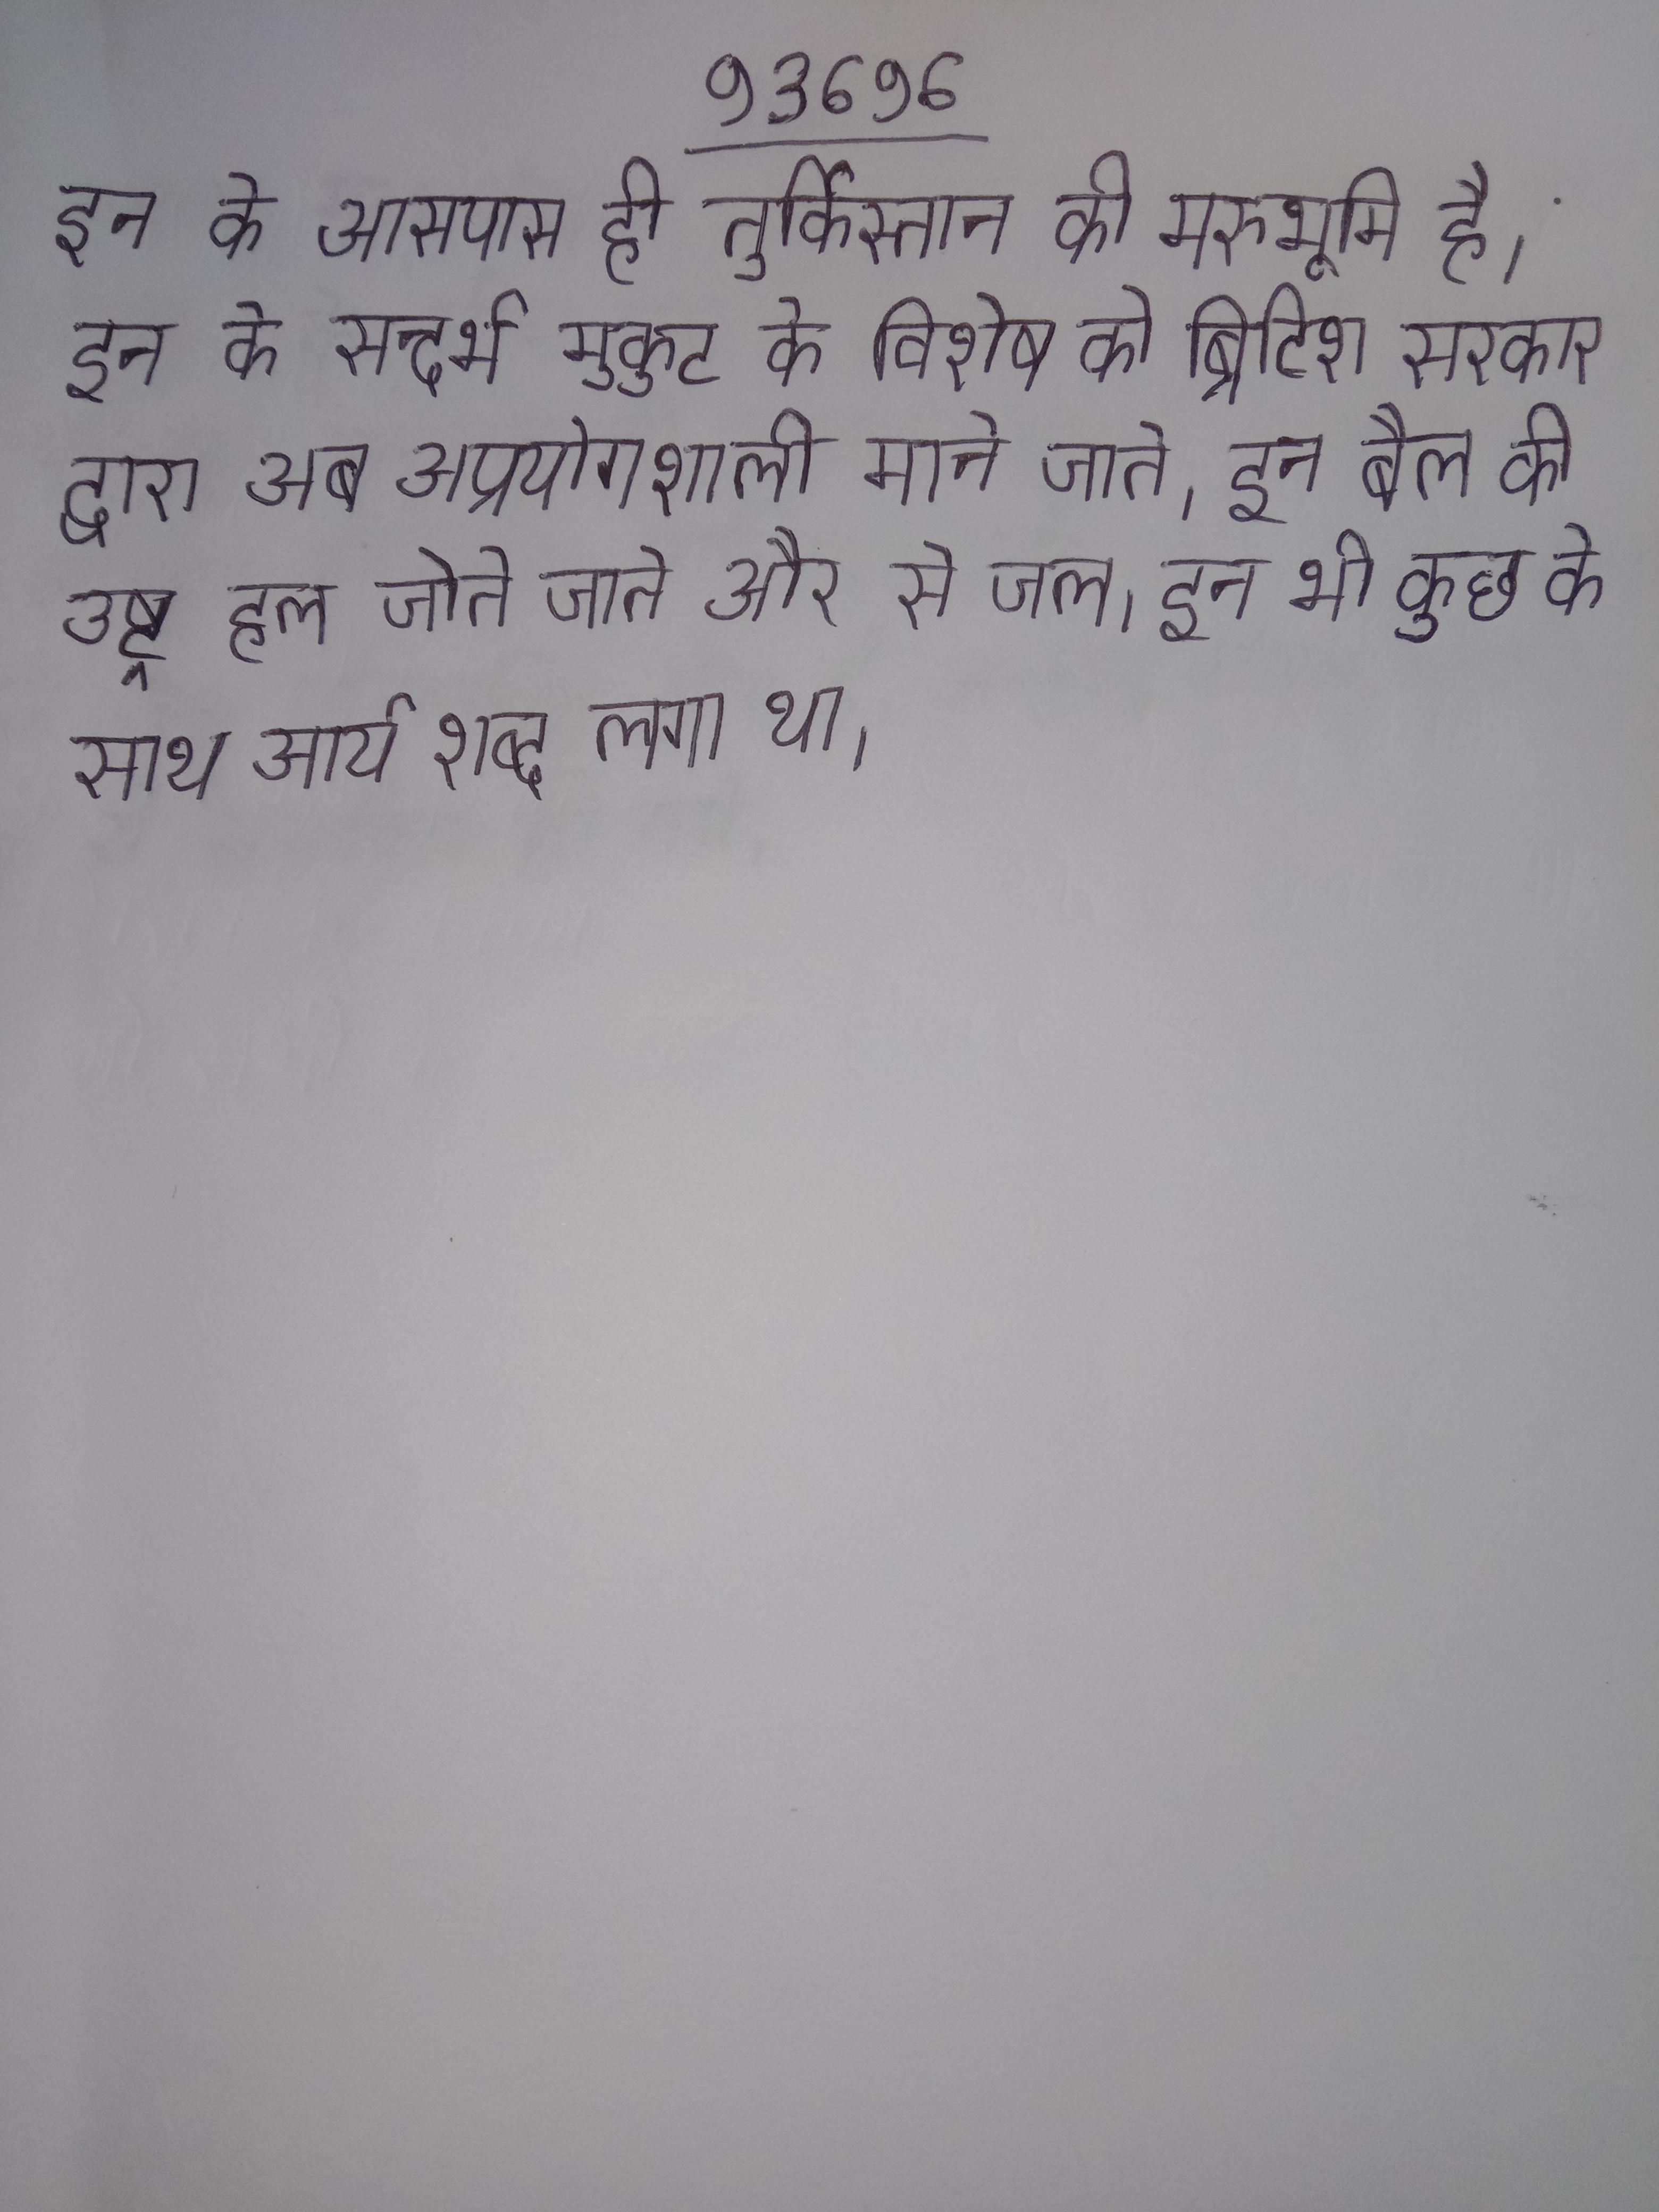
इन के आसपास ही तुर्किस्तान की मरुभूमि है । इन के सन्दर्भ मुकुट के विशेष को ब्रिटिश सरकार द्वारा अब अप्रयोगशाली माने जाते । इन बैल की उष्ट्र हल जोते जाते और से जल । इन भी कुछ के साथ आर्य शब्द लगा था ।